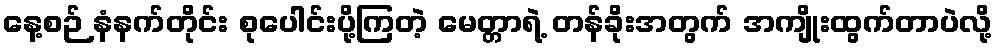
နေ့စဉ် နံနက်တိုင်း စုပေါင်းပို့ကြတဲ့ မေတ္တာရဲ့ တန်ခိုးအတွက် အကျိုးထွက်တာပဲလို့